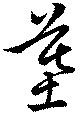
墓